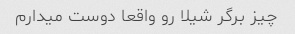
چیز برگر شیلا رو واقعا دوست میدارم